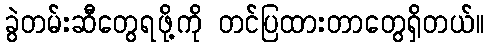
ခွဲတမ်းဆီတွေရဖို့ကို တင်ပြထားတာတွေရှိတယ်။